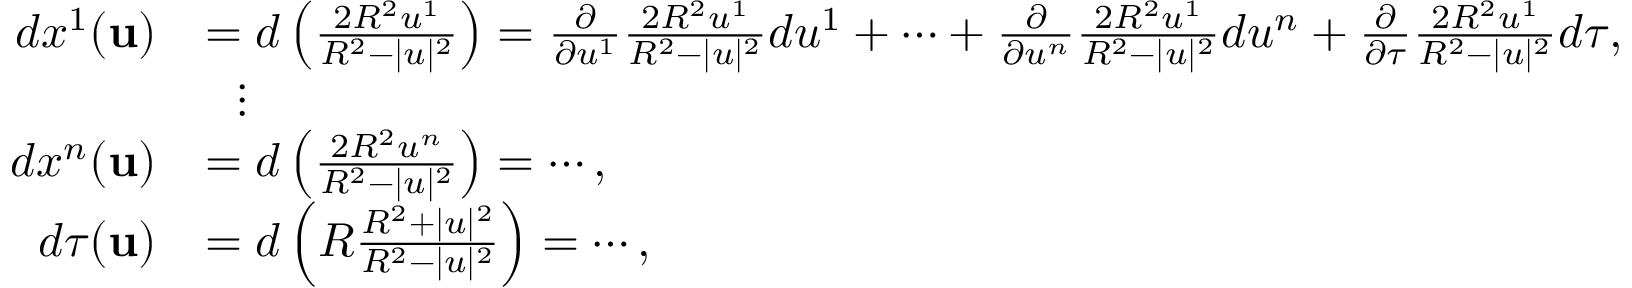
{ \begin{array} { r l } { d x ^ { 1 } ( \mathbf { u } ) } & { = d \left( { \frac { 2 R ^ { 2 } u ^ { 1 } } { R ^ { 2 } - | u | ^ { 2 } } } \right) = { \frac { \partial } { \partial u ^ { 1 } } } { \frac { 2 R ^ { 2 } u ^ { 1 } } { R ^ { 2 } - | u | ^ { 2 } } } d u ^ { 1 } + \cdots + { \frac { \partial } { \partial u ^ { n } } } { \frac { 2 R ^ { 2 } u ^ { 1 } } { R ^ { 2 } - | u | ^ { 2 } } } d u ^ { n } + { \frac { \partial } { \partial \tau } } { \frac { 2 R ^ { 2 } u ^ { 1 } } { R ^ { 2 } - | u | ^ { 2 } } } d \tau , } \\ & { \ \ \vdots } \\ { d x ^ { n } ( \mathbf { u } ) } & { = d \left( { \frac { 2 R ^ { 2 } u ^ { n } } { R ^ { 2 } - | u | ^ { 2 } } } \right) = \cdots , } \\ { d \tau ( \mathbf { u } ) } & { = d \left( R { \frac { R ^ { 2 } + | u | ^ { 2 } } { R ^ { 2 } - | u | ^ { 2 } } } \right) = \cdots , } \end{array} }